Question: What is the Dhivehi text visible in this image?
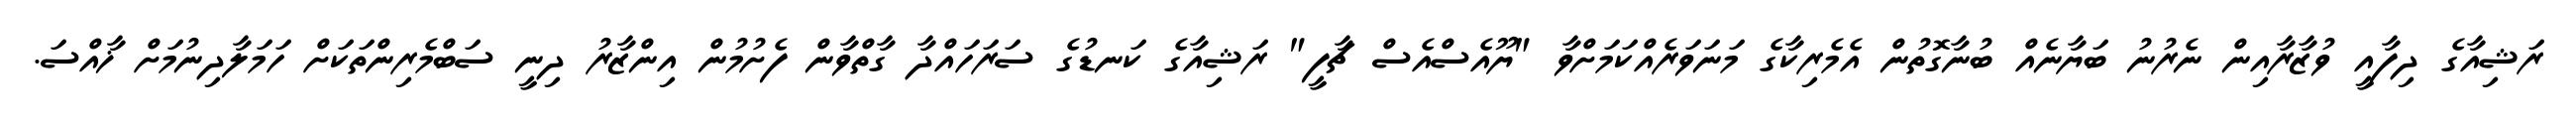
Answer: ރަޝިއާގެ ދިފާއީ ވުޒާރާއިން ނެރުނު ބަޔާނެއް ބުނާގޮތުން އެމެރިކާގެ މަނަވަރެއްކަމަށްވާ "ޔޫއެސްއެސް ޗާފީ" ރަޝިއާގެ ކަނޑުގެ ސަރަހައްދާ ގާތްވާން ފެށުމުން އިންޒާރު ދިނީ ސަބްމެރިންތަކަށް ހަމަލާދިނުމަށް ޚާއްސަ.